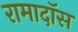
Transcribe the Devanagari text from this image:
रामादॉस